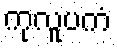
ကုလူပကံ